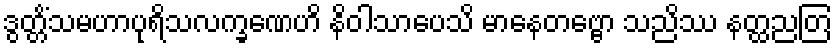
ဒွတ္တိံသမဟာပုရိသလက္ခဏေဟိ နိဝါသာပေသိ မာနေတဗ္ဗော သညိဿ နတ္ထညတြ